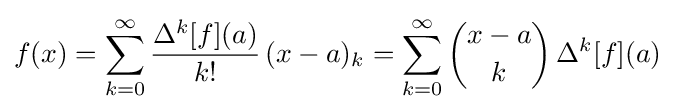
f(x)=\sum _{k=0}^{\infty }{\frac {\Delta ^{k}[f](a)}{k!}}\,(x-a)_{k}=\sum _{k=0}^{\infty }{\binom {x-a}{k}}\,\Delta ^{k}[f](a)